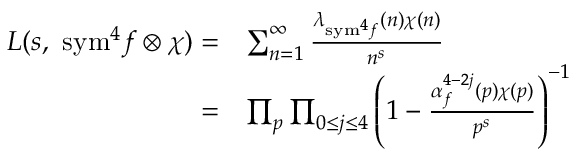
\begin{array} { r l } { L ( s , \ \mathrm { { s y m } } ^ { 4 } f \otimes \chi ) = } & { \sum _ { n = 1 } ^ { \infty } \frac { \lambda _ { { \mathrm { s y m } } ^ { 4 } f } ( n ) \chi ( n ) } { n ^ { s } } } \\ { = } & { \prod _ { p } \prod _ { 0 \leq j \leq 4 } \left( 1 - \frac { \alpha _ { f } ^ { 4 - 2 j } ( p ) \chi ( p ) } { p ^ { s } } \right) ^ { - 1 } } \end{array}